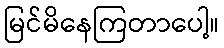
မြင်မိနေကြတာပေါ့။